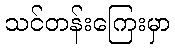
သင်တန်းကြေးမှာ